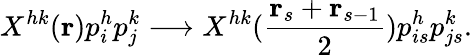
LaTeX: X^{hk}({\mathbf r})p_{i}^{h}p_{j}^{k}\longrightarrow X^{hk}({\frac{{\mathbf r}_{s}+{\mathbf r}_{s-1}}{2}})p_{is}^{h}p_{js}^{k}.